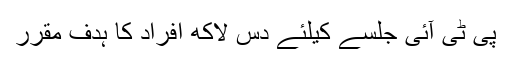
پی ٹی آئی جلسے کیلئے دس لاکھ افراد کا ہدف مقرر